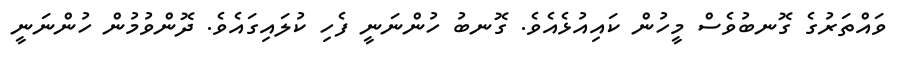
ވައްތަރުގެ ގޮނބުވެސް މީހުން ކައިއުޅެއެވެ. ގޮނބު ހުންނަނީ ފެހި ކުލައިގައެވެ. ދޮންވުމުން ހުންނަނީ